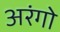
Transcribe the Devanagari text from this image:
अरंगो